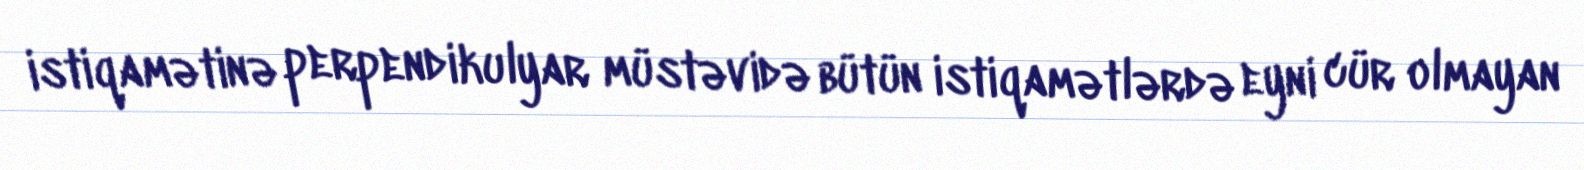
istiqamətinə perpendikulyar müstəvidə bütün istiqamətlərdə eyni cür olmayan